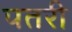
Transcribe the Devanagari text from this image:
पतरी